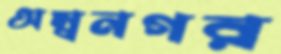
অম্বনগর